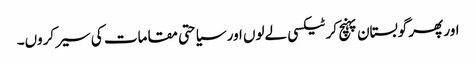
اور پھر گوبستان پہنچ کر ٹیکسی لےلوں اور سیاحتی مقامات کی سیر کروں۔